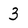
Character: 3